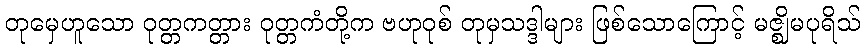
တုမှေဟူသော ဝုတ္တကတ္တား ဝုတ္တကံတို့က ဗဟုဝုစ် တုမှသဒ္ဒါများ ဖြစ်သောကြောင့် မဇ္ဈိမပုရိသ်